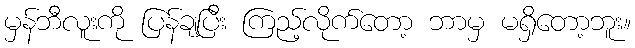
မှန်ဘီလူးကို ပြန်ချပြီး ကြည့်လိုက်တော့ ဘာမှ မရှိတော့ဘူး။